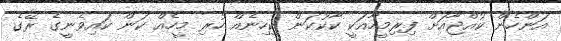
އަންހެން ކުއްޖާއަށް ފިރިމީހާއަކީ ކާކުކަން ކިހިނެއް ހުރި މީހެއް ކަން ކައިވެނީގެ ރޭގެ